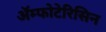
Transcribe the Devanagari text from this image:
ॲम्फोटेरिसिन